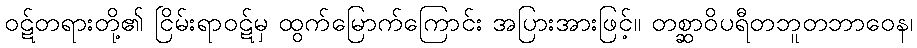
ဝဋ်တရားတို့၏ ငြိမ်းရာဝဋ်မှ ထွက်မြောက်ကြောင်း အပြားအားဖြင့်။ တစ္ဆာဝိပရီတဘူတဘာဝေန၊